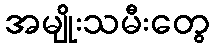
အမျိုးသမီးတွေ